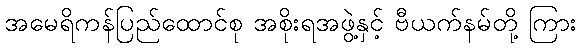
အမေရိကန်ပြည်ထောင်စု အစိုးရအဖွဲ့နှင့် ဗီယက်နမ်တို့ ကြား